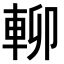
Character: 𨋖